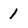
Character: I